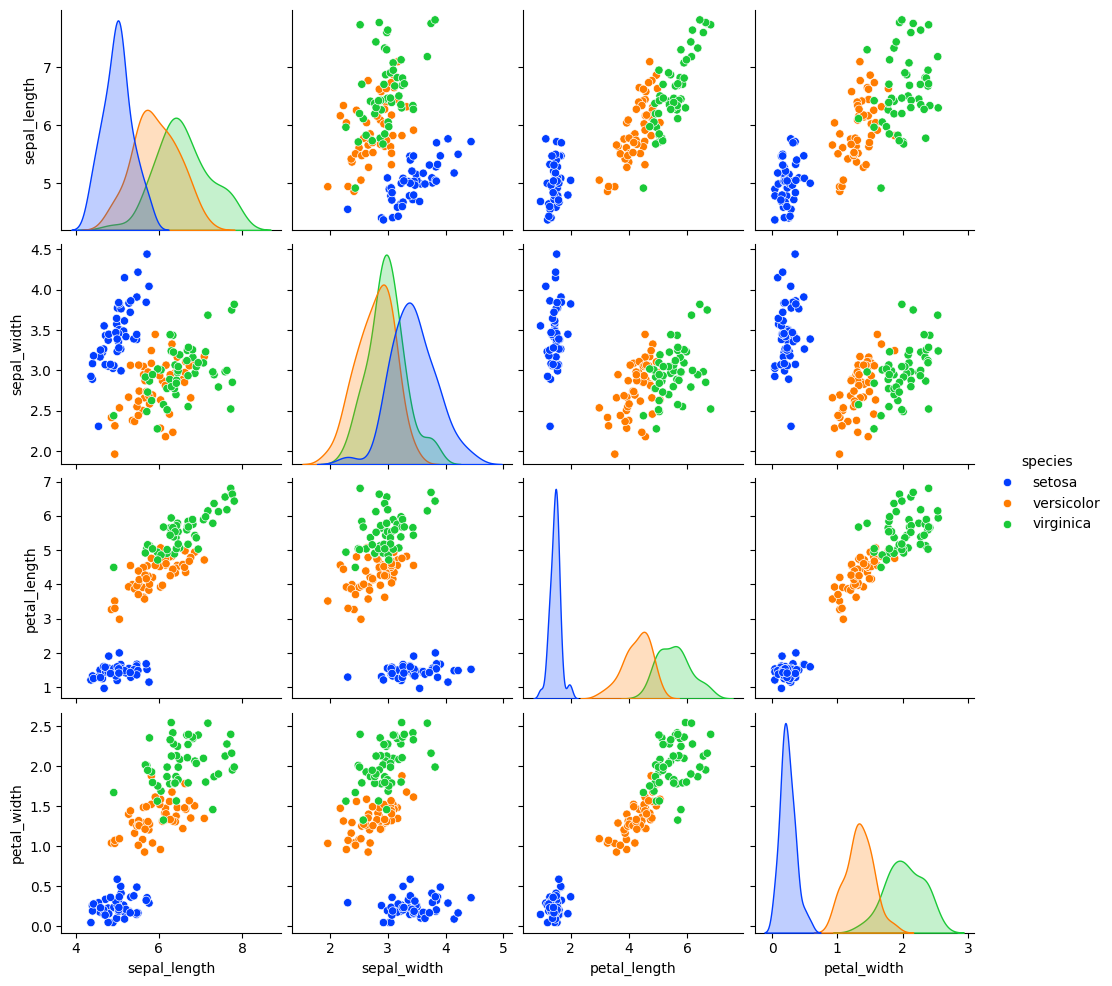
python, seaborn, pairplot, palette='bright', markers=['o'], kind='scatter', diag_kind='kde'